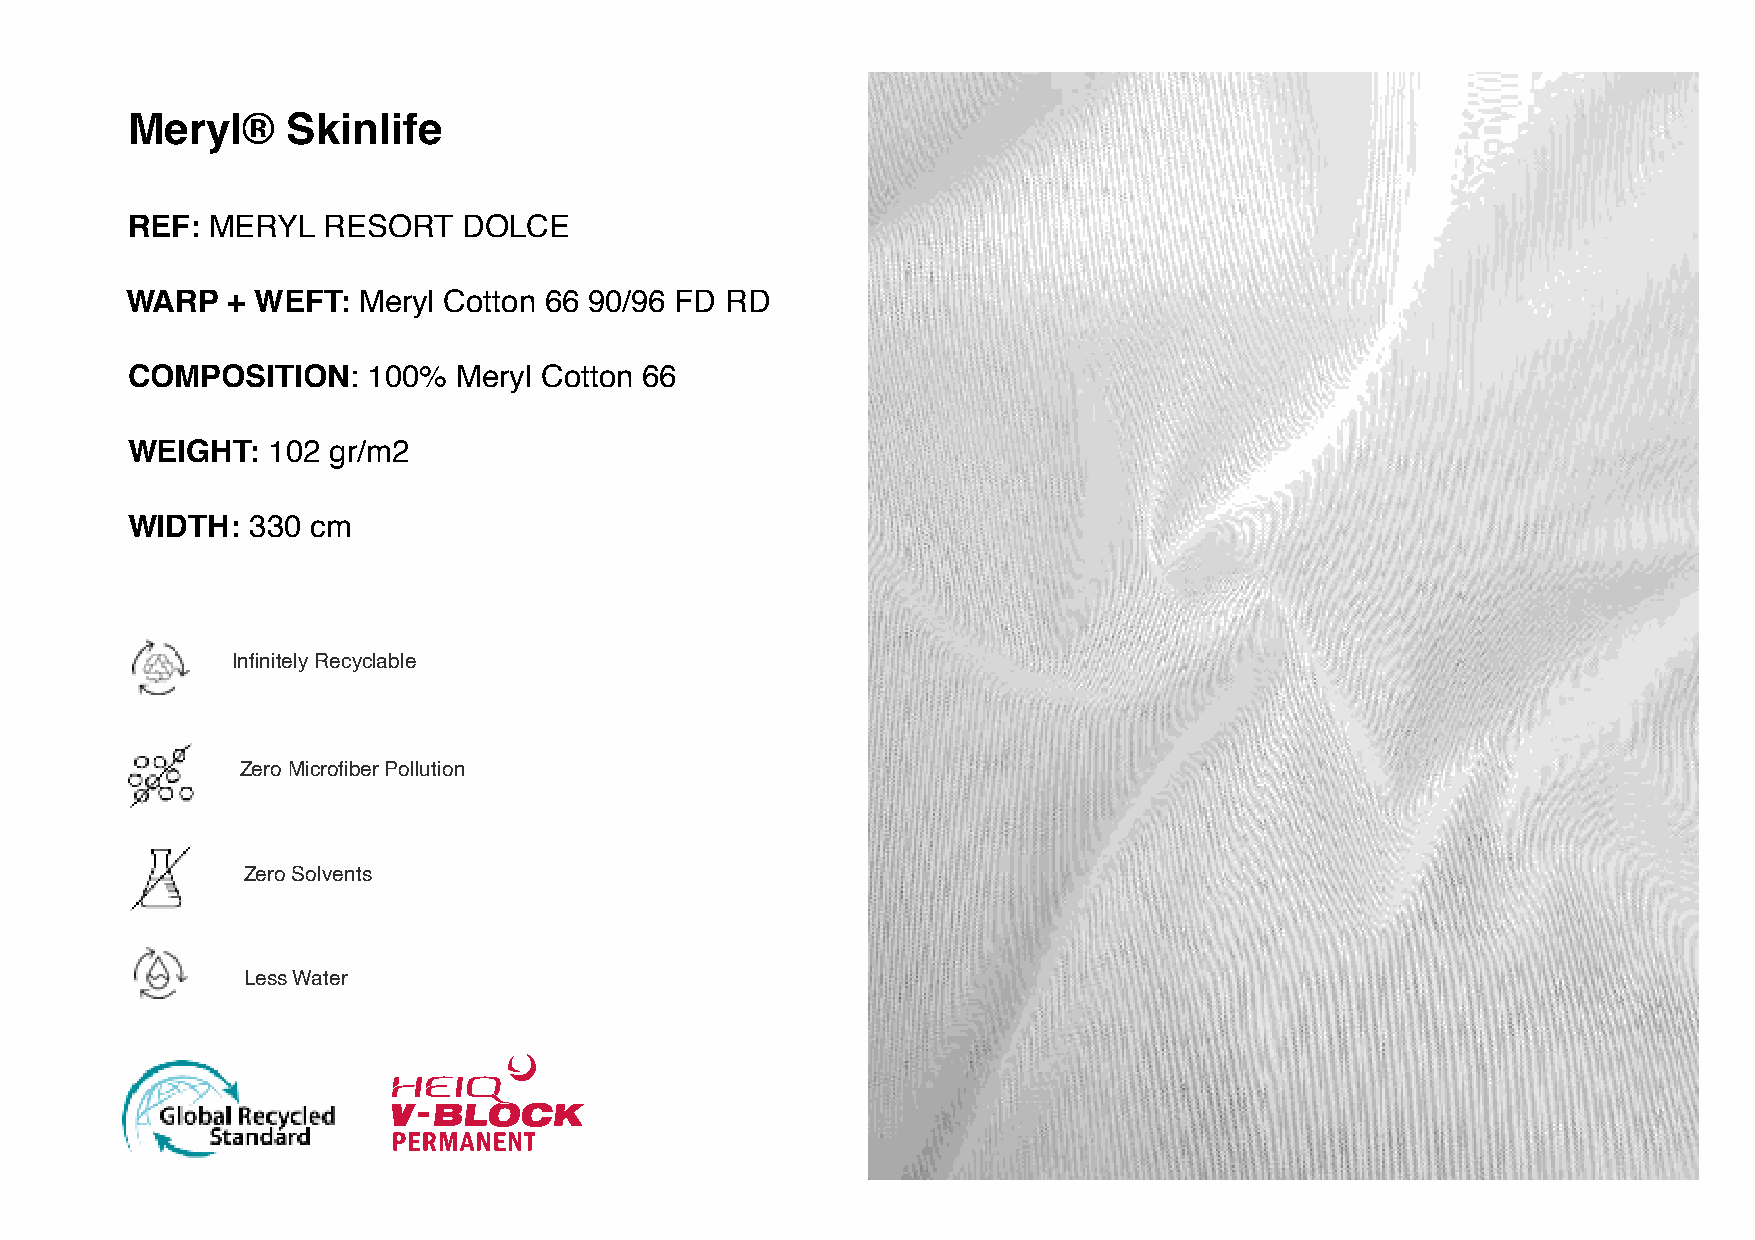
Meryl®     Skinlife
 REF:  MERYL  RESORT    DOLCE
 WARP   + WEFT:  Meryl Cotton 66 90/96 FD RD
 COMPOSITION:    100%  Meryl Cotton 66
 WEIGHT:   102 gr/m2
 WIDTH:  330  cm
 Infinitely Recyclable
 Zero Microfiber Pollution
 Zero Solvents
 Less Water